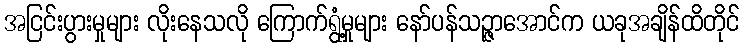
အငြင်းပွားမှုများ လိုးနေသလို ကြောက်ရွံ့မှုများ နော်ပန်သဉ္ဇာအောင်က ယခုအချိန်ထိတိုင်